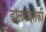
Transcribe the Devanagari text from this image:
डॉलरांइतकी